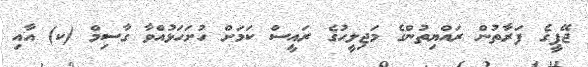
ޖޭޕީގެ ފަރާތުން ރައްޔިތުންގެ މަޖިލީހުގެ ރައީސް ކަމަށް ހުށަހަޅުއްވާ ގާސިމް (ކ) އާއި